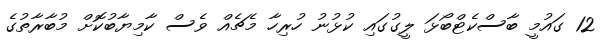
12 ގައުމީ ބާސްކެޓްބޯޅަ ލީގުގައި ކުޅުނު ހުރިހާ މެޗެއް ވެސް ކާމިޔާބުކޮށް މުބާރާތުގެ